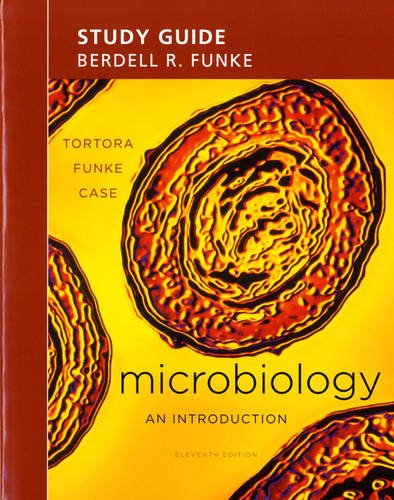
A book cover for Study Guide for Microbiology: An Introduction; Gerard J. Tortora; Medical Books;